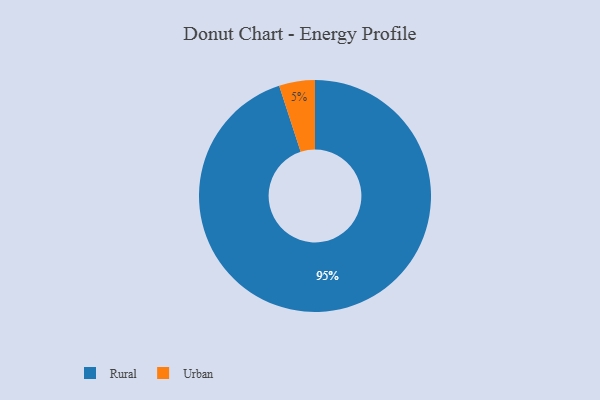
{"axis": {"x": "Category", "y": "Percentage"}, "legend": ["Rural", "Urban"], "data": [{"x": "Rural", "y": 95, "type": "Rural"}, {"x": "Urban", "y": 5, "type": "Urban"}]}